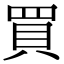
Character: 買